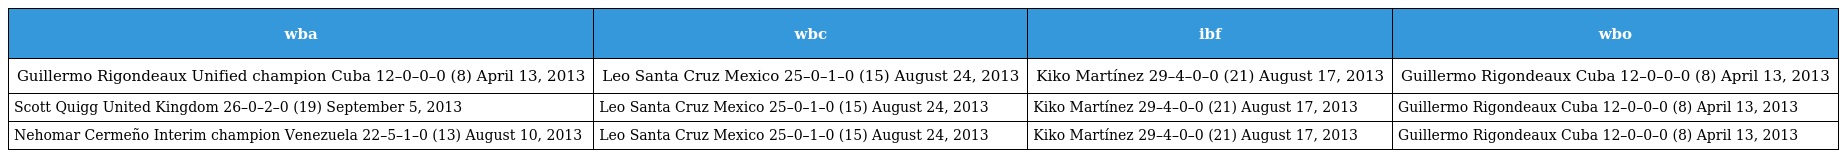
| wba | wbc | ibf | wbo |
 | --- | --- | --- | --- |
 | Guillermo Rigondeaux Unified champion Cuba 12–0–0–0 (8) April 13, 2013 | Leo Santa Cruz Mexico 25–0–1–0 (15) August 24, 2013 | Kiko Martínez 29–4–0–0 (21) August 17, 2013 | Guillermo Rigondeaux Cuba 12–0–0–0 (8) April 13, 2013 |
 | Scott Quigg United Kingdom 26–0–2–0 (19) September 5, 2013 | Leo Santa Cruz Mexico 25–0–1–0 (15) August 24, 2013 | Kiko Martínez 29–4–0–0 (21) August 17, 2013 | Guillermo Rigondeaux Cuba 12–0–0–0 (8) April 13, 2013 |
 | Nehomar Cermeño Interim champion Venezuela 22–5–1–0 (13) August 10, 2013 | Leo Santa Cruz Mexico 25–0–1–0 (15) August 24, 2013 | Kiko Martínez 29–4–0–0 (21) August 17, 2013 | Guillermo Rigondeaux Cuba 12–0–0–0 (8) April 13, 2013 |